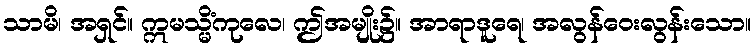
သာမိ၊ အရှင်။ ဣမသ္မိံကုလေ၊ ဤအမျိုး၌။ အာရာဒူရေ၊ အလွန်ဝေးလွန်းသော။